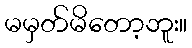
မမှတ်မိတော့ဘူး။